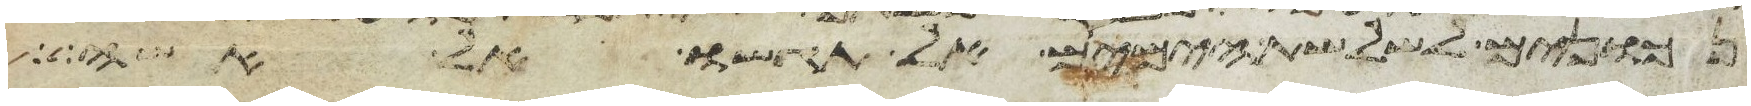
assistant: נכונים לשלשת הימים אל תגשו אל אשה